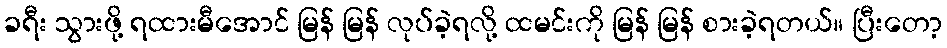
ခရီး သွားဖို့ ရထားမီအောင် မြန် မြန် လုပ်ခဲ့ရလို့ ထမင်းကို မြန် မြန် စားခဲ့ရတယ်။ ပြီးတော့